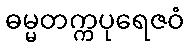
ဓမ္မတက္ကပုရေဇဝံ